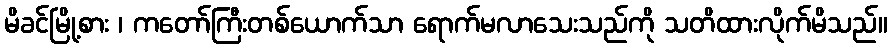
မိခင်မြို့စား ၊ ကတော်ကြီးတစ်ယောက်သာ ရောက်မလာသေးသည်ကို သတိထားလိုက်မိသည်။